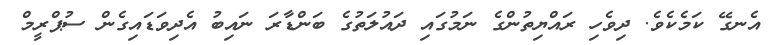
އެނގޭ ކަމެކެވެ. ދިވެހި ރައްޔިތުންގެ ނަމުގައި ދައުލަތުގެ ބަންޑާރަ ނައިބު އެދިވަޑައިގެން ސުޕްރީމް